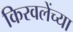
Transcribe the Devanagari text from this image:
किरवलेंच्या